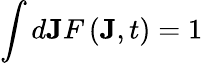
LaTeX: \int d\mathbf{J}F\left(\mathbf{J},t\right)=1